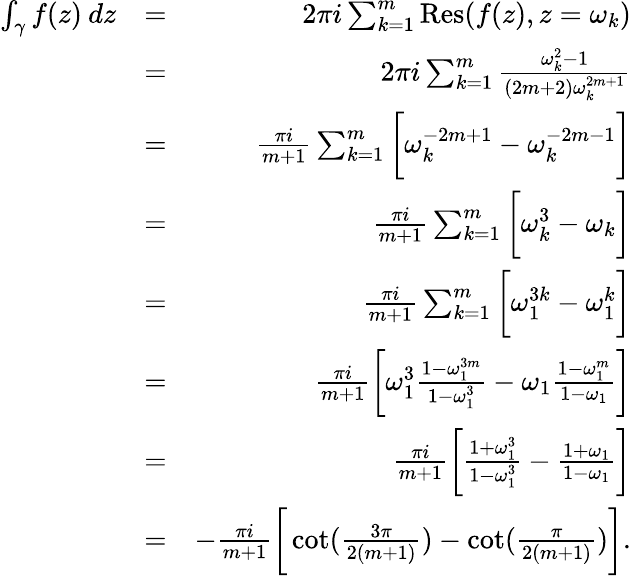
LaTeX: \begin{array}{rlr}{\int_{\gamma}f(z)\: dz}&{=}&{2\pi i\sum_{k=1}^{m}\mathrm{Res}(f(z),z=\omega_{k})}\\ &{=}&{2\pi i\sum_{k=1}^{m}\frac{\omega_{k}^{2}-1}{(2m+2)\omega_{k}^{2m+1}}}\\ &{=}&{\frac{\pi i}{m+1}\sum_{k=1}^{m}\bigg[\omega_{k}^{-2m+1}-\omega_{k}^{-2m-1}\bigg]}\\ &{=}&{\frac{\pi i}{m+1}\sum_{k=1}^{m}\bigg[\omega_{k}^{3}-\omega_{k}\bigg]}\\ &{=}&{\frac{\pi i}{m+1}\sum_{k=1}^{m}\bigg[\omega_{1}^{3k}-\omega_{1}^{k}\bigg]}\\ &{=}&{\frac{\pi i}{m+1}\bigg[\omega_{1}^{3}\frac{1-\omega_{1}^{3m}}{1-\omega_{1}^{3}}-\omega_{1}\frac{1-\omega_{1}^{m}}{1-\omega_{1}}\bigg]}\\ &{=}&{\frac{\pi i}{m+1}\bigg[\frac{1+\omega_{1}^{3}}{1-\omega_{1}^{3}}-\frac{1+\omega_{1}}{1-\omega_{1}}\bigg]}\\ &{=}&{-\frac{\pi i}{m+1}\bigg[\cot(\frac{3\pi}{2(m+1)})-\cot(\frac{\pi}{2(m+1)})\bigg].}\end{array}